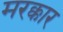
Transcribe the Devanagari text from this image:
मरक्कार